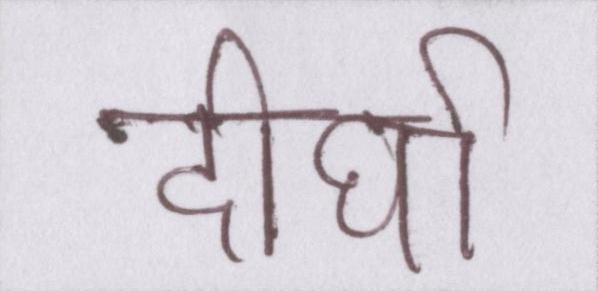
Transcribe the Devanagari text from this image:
दीर्घा